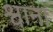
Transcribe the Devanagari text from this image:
श्वाना